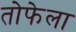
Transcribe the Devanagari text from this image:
तोफेला